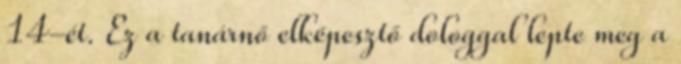
14-ét. Ez a tanárnő elképesztő dologgal lepte meg a